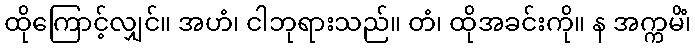
ထိုကြောင့်လျှင်။ အဟံ၊ ငါဘုရားသည်။ တံ၊ ထိုအခင်းကို။ န အက္ကမိံ၊